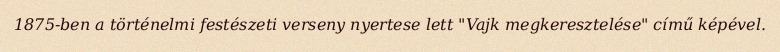
1875-ben a történelmi festészeti verseny nyertese lett "Vajk megkeresztelése" című képével.